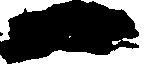
一